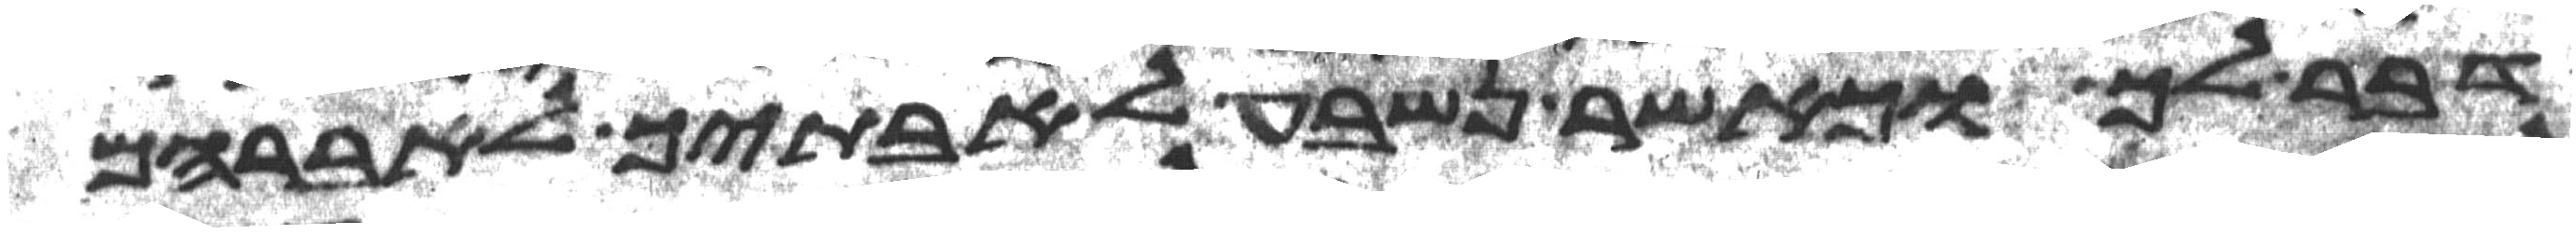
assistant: דבר לך וכאשר נשבע לאבתך לאברהם